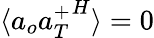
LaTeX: \langle{a}_{o}{{a}_{T}^{+}}^{H}\rangle=0